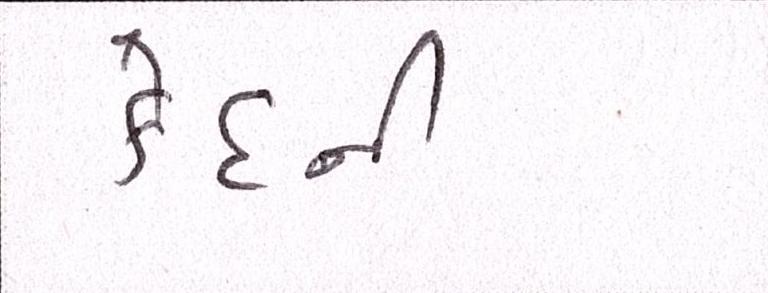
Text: કેદની